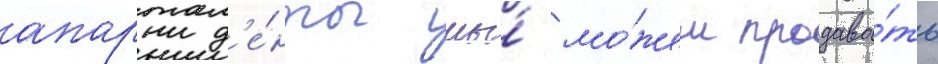
апартам'е́нты мы́ мо́жем продава́ть